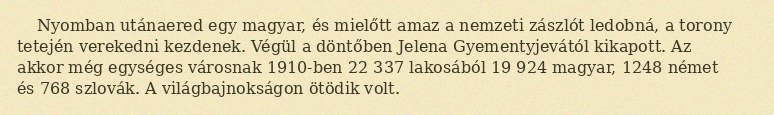
Nyomban utánaered egy magyar, és mielőtt amaz a nemzeti zászlót ledobná, a torony tetején verekedni kezdenek. Végül a döntőben Jelena Gyementyjevától kikapott. Az akkor még egységes városnak 1910-ben 22 337 lakosából 19 924 magyar, 1248 német és 768 szlovák. A világbajnokságon ötödik volt.